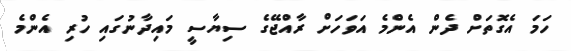
ހަމަ އެގޮތަށް ދެން އެންމެ އަވަހަށް ރާއްޖޭގެ ސިޔާސީ މައިދާނުގައި ހުރި އެންމެ